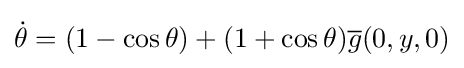
{\dot {\theta }}=(1-\cos \theta )+(1+\cos \theta ){\overline {g}}(0,y,0)